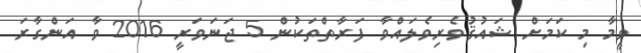
ވީމާ މި ކަމަށް ޝައުޤުވެރިވެލައްވާ ފަރާތްތަކުން 5 ޖަނަވަރީ 2016 ވާ އަންގާރަ